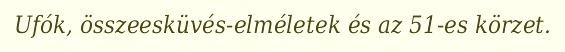
Ufók, összeesküvés-elméletek és az 51-es körzet.